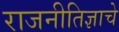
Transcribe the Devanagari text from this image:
राजनीतिज्ञाचे